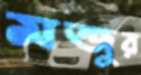
মন্জুর